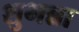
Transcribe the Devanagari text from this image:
शुभन्ना